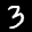
Label: 3